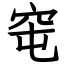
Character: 窀